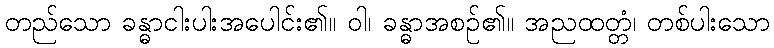
တည်သော ခန္ဓာငါးပါးအပေါင်း၏။ ဝါ၊ ခန္ဓာအစဉ်၏။ အညထတ္တံ၊ တစ်ပါးသော